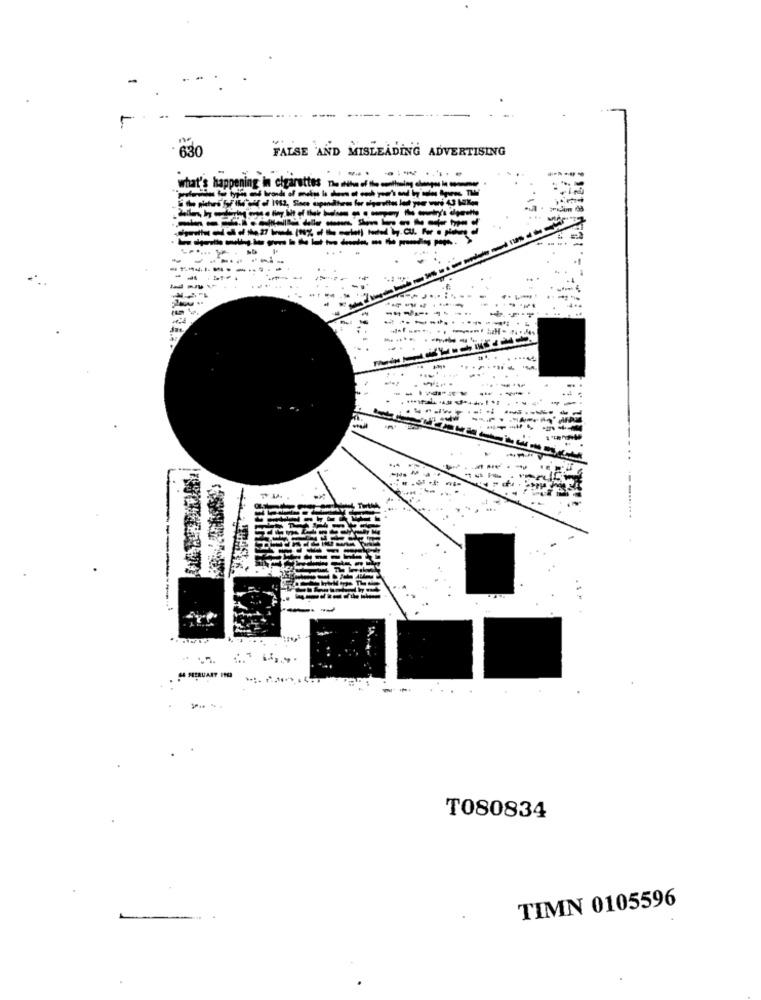
630
FALSE AND MISLEADING ADVERTISING
ttes
--
---
-
..
SA FERUARY H
T080834
TIMN 0105596